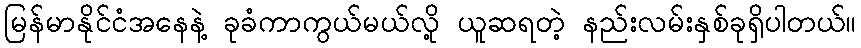
မြန်မာနိုင်ငံအနေနဲ့ ခုခံကာကွယ်မယ်လို့ ယူဆရတဲ့ နည်းလမ်းနှစ်ခုရှိပါတယ်။